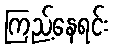
ကြည့်နေရင်း